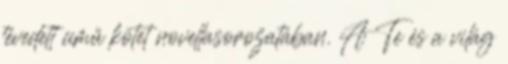
tévedett című kötet novellasorozatában. A Te és a világ